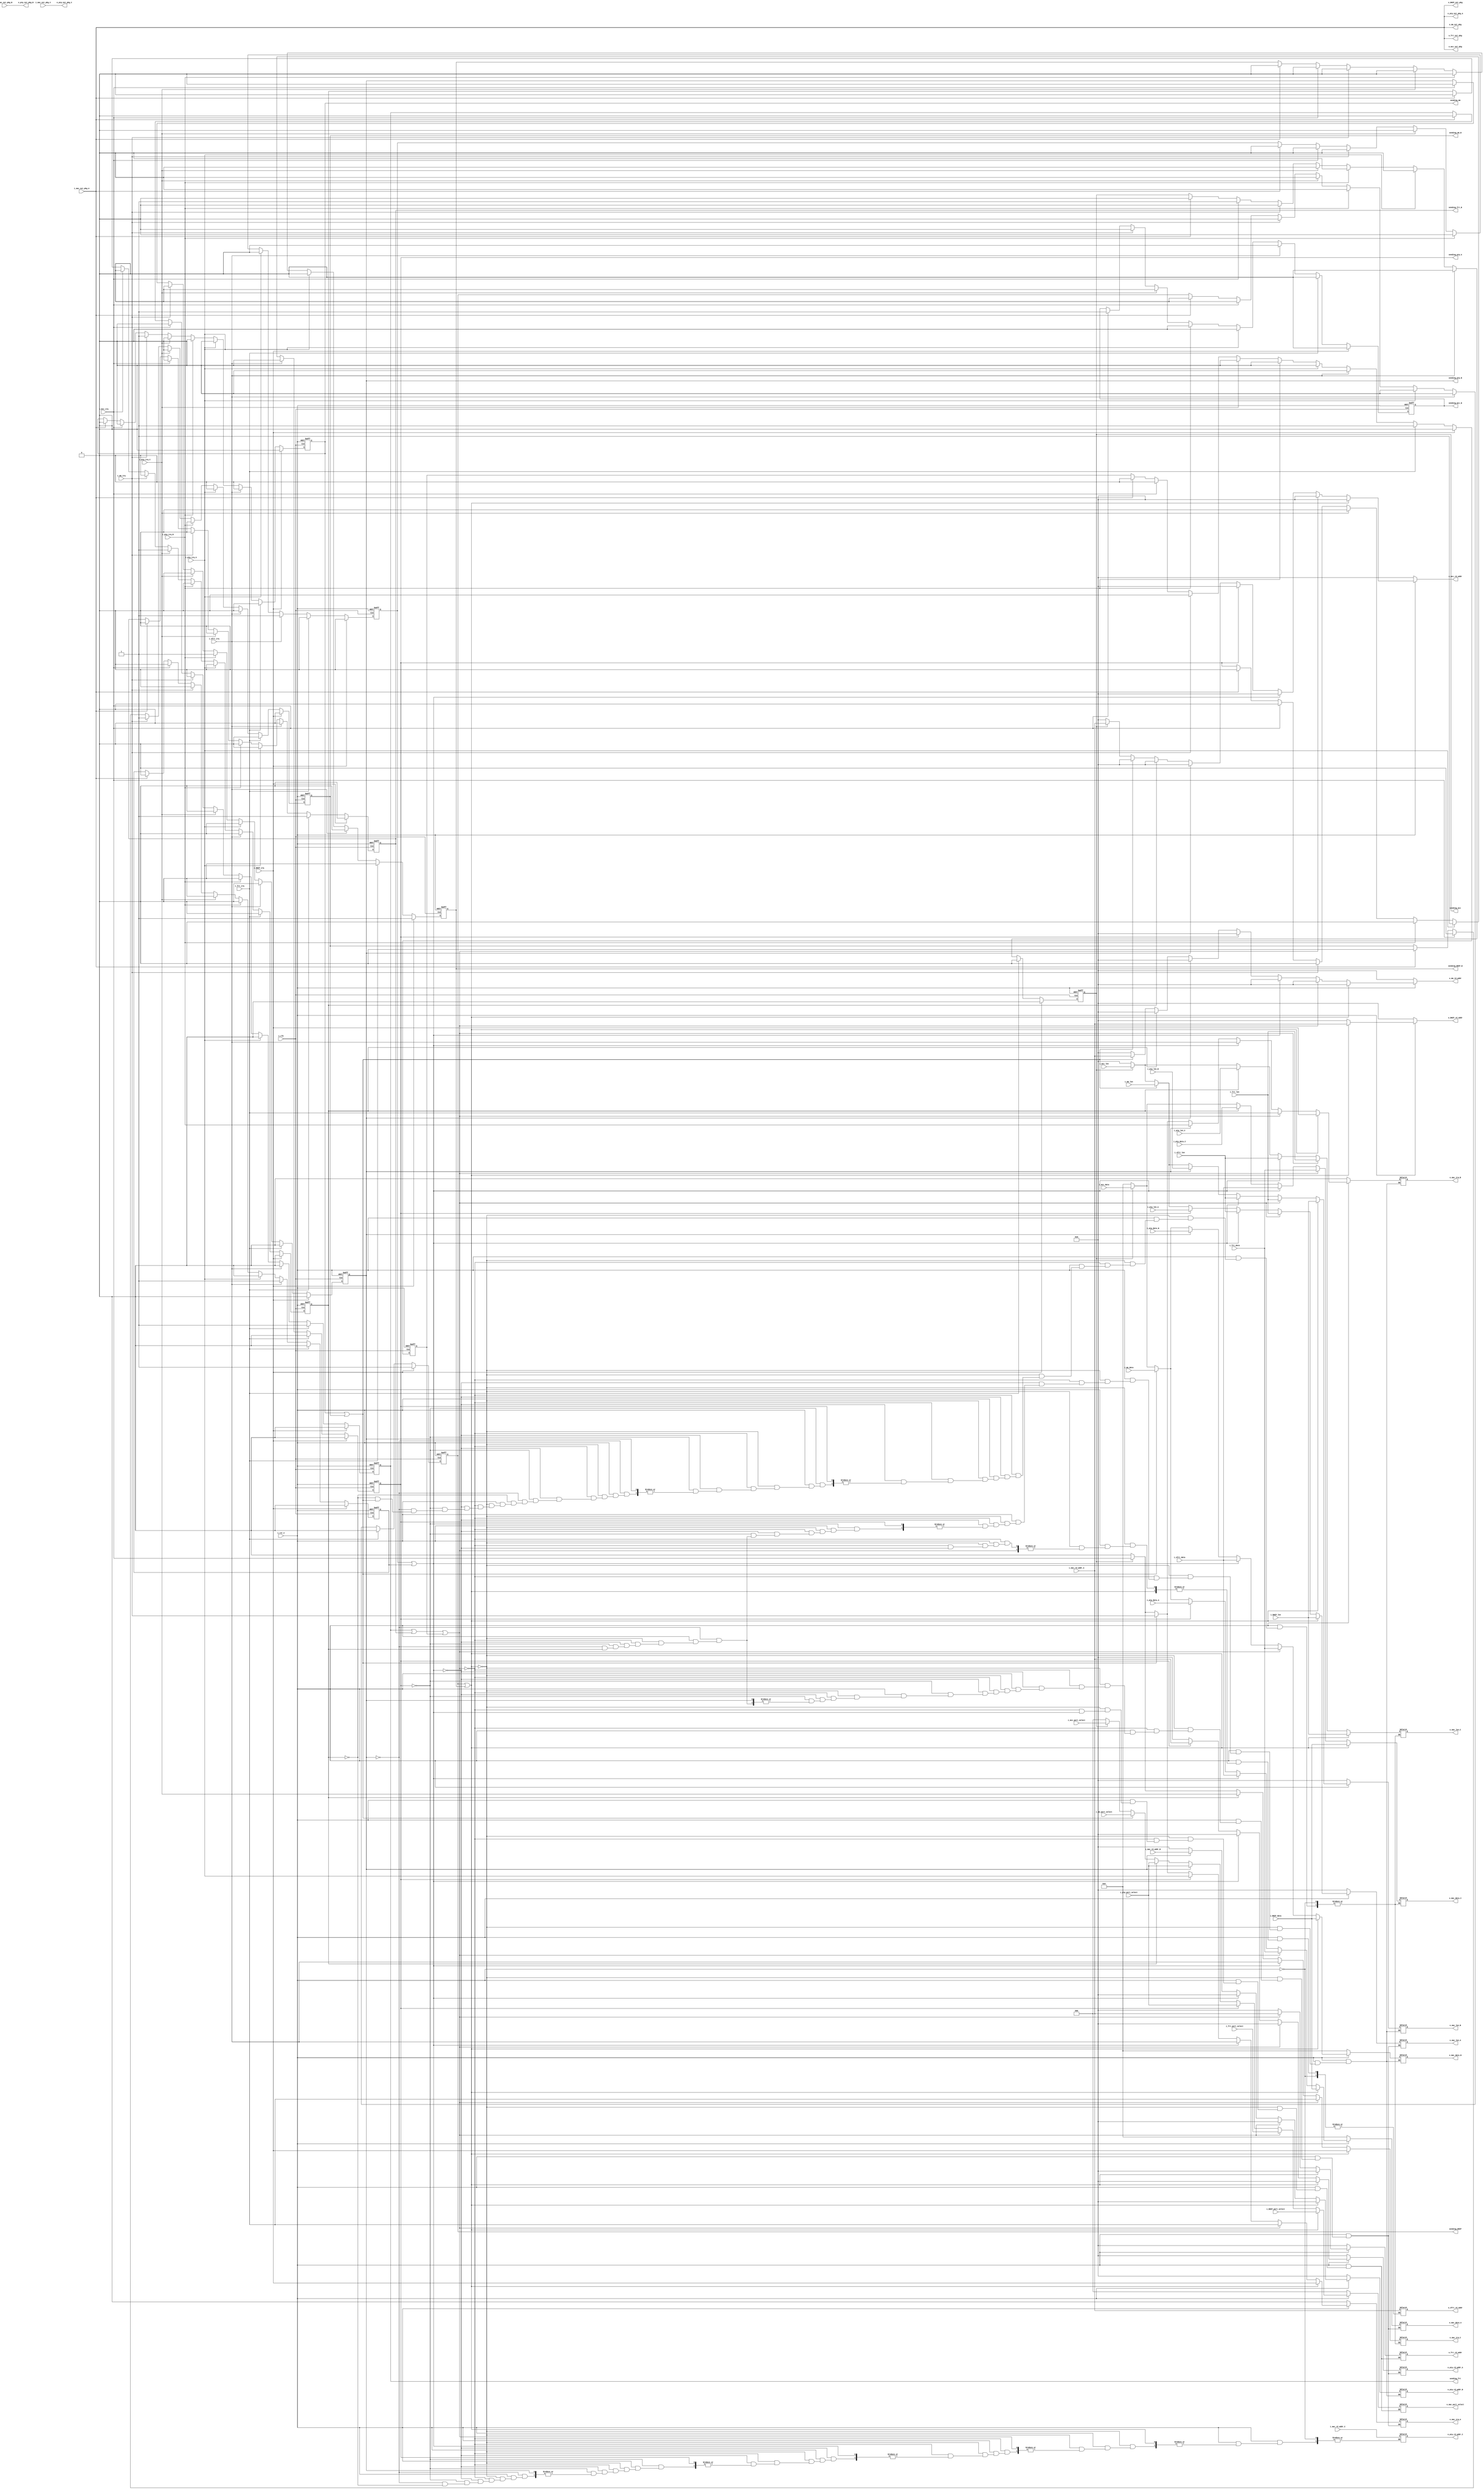

/*******************************************************************
File name   			:	bus_convert.v
Function    			:	send select;
 
Version maintenance	:	caogang
Version     			:	V1.0
data        			:	2011-02-13
*******************************************************************/

/***************************   modify record   *********************

**************************************************************************
**************************************************************************/
module  bus_convert(
			input wire i_clk,
			input wire i_rst_n,
			
			//wangkai0351 for DHCP
			input wire	i_DHCP_irq,
			input wire [9:0] i_DHCP_len,
			output wire o_DHCP_nxt_pkg,
			input wire [15:0]i_DHCP_data,
			output reg [9:0]o_DHCP_rd_addr,
			input wire [2:0]i_DHCP_port_select,
			
			//mcc
			input wire	i_mcc_irq,
			input wire [9:0] i_mcc_len,
			output wire o_mcc_nxt_pkg,
			input wire [15:0]i_mcc_data,
			output reg [9:0]o_mcc_rd_addr,
			input wire [2:0]i_mcc_port_select,
			
			//frt
			input wire	i_frt_irq,
			input wire [9:0] i_frt_len,
			output wire o_frt_nxt_pkg,
			input wire [15:0]i_frt_data,
			output reg [9:0]o_frt_rd_addr,
			input wire [2:0]i_frt_port_select,
			
			input wire	i_nfrt_irq,
			input wire [9:0] i_nfrt_len,
			input wire [15:0]i_nfrt_data,
			output reg [9:0]o_nfrt_rd_addr,
			//ptp_A
			input wire	i_ptp_irq_A,                     //Modified by SYF 2014.5.27
			input wire [9:0] i_ptp_len_A,                //Modified by SYF 2014.5.27
			output wire o_ptp_nxt_pkg_A,                 //Modified by SYF 2014.5.27
			input wire [15:0]i_ptp_data_A,               //Modified by SYF 2014.5.27
			output reg [9:0]o_ptp_rd_addr_A,             //Modified by SYF 2014.5.27
			input wire [2:0]i_ptp_port_select,
			
			//ptp_B
			input wire	i_ptp_irq_B,
			input wire [9:0] i_ptp_len_B,
			output wire o_ptp_nxt_pkg_B,
			input wire [15:0]i_ptp_data_B,
			output reg [9:0]o_ptp_rd_addr_B,
		
			//ptp_C
			input wire	i_ptp_irq_C,
			input wire [9:0] i_ptp_len_C,
			output wire o_ptp_nxt_pkg_C,
			input wire [15:0]i_ptp_data_C,
			output reg [9:0]o_ptp_rd_addr_C,

			//mm
			input wire	i_mm_irq,
			input wire [9:0] i_mm_len,
			output wire o_mm_nxt_pkg,
			input wire [15:0]i_mm_data,
			output reg [9:0]o_mm_rd_addr,
			input wire [2:0]i_mm_port_select,			
			
			
			//mac
			output reg o_mac_irq_A,                       //Modified by SYF 2014.5.27
			output reg [9:0]o_mac_len_A,                  //Modified by SYF 2014.5.27
			input wire i_mac_nxt_pkg_A,                   //Modified by SYF 2014.5.27
			output reg [15:0]o_mac_data_A,                //Modified by SYF 2014.5.27
			input wire [9:0]i_mac_rd_addr_A,              //Modified by SYF 2014.5.27
			output reg [2:0] o_mac_port_select,
			
			
			output reg o_mac_irq_B,
			output reg [9:0]o_mac_len_B,
			input wire i_mac_nxt_pkg_B,
			output reg [15:0]o_mac_data_B,
			input wire [9:0]i_mac_rd_addr_B,		
			
			output reg o_mac_irq_C,
			output reg [9:0]o_mac_len_C,
			input wire i_mac_nxt_pkg_C,
			output reg [15:0]o_mac_data_C,
			input wire [9:0]i_mac_rd_addr_C,		
			
			//sjj Nov_19th
			output reg sending_frt,
			output reg sending_mm,
			output reg sending_frt_B,
			output reg sending_mm_B,			
			output reg sending_ptp_A,             //Modified by SYF 2014.5.27
			output reg sending_ptp_B,
			output reg sending_mcc,
			output reg sending_mcc_B,              //Modified by SYF 2014.5.27
			output reg sending_DHCP,//wangkai0351 for DHCP
			output reg sending_DHCP_B//wangkai0351 for DHCP
			
			
			
					);
					
					
 
reg sending_nfrt_A;
reg sending_nfrt_B;
reg sending_nfrt_C;
	
reg sending_frt_C;
reg sending_ptp_C;
reg sending_mcc_C;
reg sending_DHCP_C;//wangkai0351 for DHCP

assign o_frt_nxt_pkg = i_mac_nxt_pkg_A;                  //Modified by SYF 2014.5.27
assign o_ptp_nxt_pkg_A = i_mac_nxt_pkg_A;                //Modified by SYF 2014.5.27
assign o_mm_nxt_pkg  = i_mac_nxt_pkg_A;                  //Modified by SYF 2014.5.27
assign o_arp_nxt_pkg  = i_mac_nxt_pkg_A;                 //Modified by SYF 2014.5.27
assign o_mcc_nxt_pkg  = i_mac_nxt_pkg_A;                 //Modified by SYF 2014.5.27
assign o_config_nxt_pkg  = i_mac_nxt_pkg_A;		         //Modified by SYF 2014.5.27
assign o_ptp_nxt_pkg_B = i_mac_nxt_pkg_B;
assign o_ptp_nxt_pkg_C = i_mac_nxt_pkg_C;
assign o_DHCP_nxt_pkg = i_mac_nxt_pkg_A;//wangkai0351 for DHCP

//cou shixu wangkai0351 for DHCP
// i_DHCP_data_backup;
//assign i_DHCP_data_backup = i_DHCP_data;
				
always @(posedge i_clk or negedge i_rst_n)
begin
	if(!i_rst_n)
	begin
		sending_mm  <= 1'b0;
		sending_mm_B  <= 1'b0;
		sending_mcc <= 1'b0;
		sending_mcc_B <= 1'b0;
		sending_ptp_A <= 1'b0;  
		sending_ptp_B <= 1'b0;
		sending_frt <= 1'b0;  
		sending_frt_B <= 1'b0;
		sending_nfrt_A <= 1'b0;
		sending_nfrt_B <= 1'b0;	
		
		sending_nfrt_C <= 1'b0;
		sending_frt_C <= 1'b0;
		sending_ptp_C <= 1'b0;	
		sending_mcc_C <= 1'b0;
		
		sending_DHCP <= 1'b0;//wangkai0351 for DHCP
		sending_DHCP_B<= 1'b0;
		sending_DHCP_C<= 1'b0;
	end
/////////////////////////////////////////////////////////////////////////////////////////////
	else if(i_DHCP_irq)
	begin
		sending_mm  <= 1'b0;
		sending_mm_B  <= 1'b0;
		sending_mcc <= 1'b0;
		sending_mcc_B <= 1'b0;
		sending_ptp_A <= 1'b0;  
		sending_ptp_B <= 1'b0;
		sending_frt <= 1'b0;  
		sending_frt_B <= 1'b0;
		sending_nfrt_A <= 1'b0;
		sending_nfrt_B <= 1'b0;	
		
		sending_nfrt_C <= 1'b0;
		sending_frt_C <= 1'b0;
		sending_ptp_C <= 1'b0;	
		sending_mcc_C <= 1'b0;
		
		sending_DHCP <= 1'b1;//wangkai0351 for DHCP

		sending_DHCP_B<= 1'b1;
		sending_DHCP_C<= 1'b1;
		
	end
///////////////////////////////////////////////////////////////////////////////////////////////
	else if(i_frt_irq)
	begin
		sending_mm  <= 1'b0;
		sending_mm_B  <= 1'b0;
		sending_mcc <= 1'b0;
		sending_mcc_B <= 1'b0;
		sending_ptp_A <= 1'b0;  
		sending_ptp_B <= 1'b0;
		sending_frt <= 1'b1;  
		sending_frt_B <= 1'b1;
		sending_nfrt_A <= 1'b0;
		sending_nfrt_B <= 1'b0;	
		
		sending_nfrt_C <= 1'b0;
		sending_frt_C <= 1'b1;
		sending_ptp_C <= 1'b0;	
		sending_mcc_C <= 1'b0;
		
		sending_DHCP <= 1'b0;//wangkai0351 for DHCP
		sending_DHCP_B<= 1'b0;
		sending_DHCP_C<= 1'b0;
		
	end
	else if(i_nfrt_irq)
	begin	
		sending_mm  <= 1'b0;
		sending_mm_B  <= 1'b0;
		sending_mcc <= 1'b0;
		sending_mcc_B <= 1'b0;
		sending_ptp_A <= 1'b0;  
		sending_ptp_B <= 1'b0;
		sending_frt <= 1'b0;  
		sending_frt_B <= 1'b0;
		sending_nfrt_A <= 1'b1;
		sending_nfrt_B <= 1'b1;	
		
		sending_nfrt_C <= 1'b1;
		sending_frt_C <= 1'b0;
		sending_ptp_C <= 1'b0;	
		sending_mcc_C <= 1'b0;
		
		sending_DHCP <= 1'b0;//wangkai0351 for DHCP
		sending_DHCP_B<= 1'b0;
		sending_DHCP_C<= 1'b0;
		
	end
	else if(i_ptp_irq_A)            //Modified by SYF 2014.5.27
	begin
		sending_mm  <= 1'b0;
		sending_mm_B  <= 1'b0;
		sending_mcc <= 1'b0;
		sending_mcc_B <= 1'b0;
		sending_ptp_A <= 1'b1;  
		sending_ptp_B <= 1'b0;
		sending_frt <= 1'b0;  
		sending_frt_B <= 1'b0;
		sending_nfrt_A <= 1'b0;
		sending_nfrt_B <= 1'b0;	
		
		sending_nfrt_C <= 1'b0;
		sending_frt_C <= 1'b0;
		sending_ptp_C <= 1'b0;	
		sending_mcc_C <= 1'b0;
		
		sending_DHCP <= 1'b0;//wangkai0351 for DHCP
		sending_DHCP_B<= 1'b0;
		sending_DHCP_C<= 1'b0;
		
	end	
	else if(i_ptp_irq_B)            //Modified by SYF 2014.5.27
	begin
		sending_mm  <= 1'b0;
		sending_mm_B  <= 1'b0;
		sending_mcc <= 1'b0;
		sending_mcc_B <= 1'b0;
		sending_ptp_A <= 1'b0;  
		sending_ptp_B <= 1'b1;
		sending_frt <= 1'b0;  
		sending_frt_B <= 1'b0;
		sending_nfrt_A <= 1'b0;
		sending_nfrt_B <= 1'b0;	
		
		sending_nfrt_C <= 1'b0;
		sending_frt_C <= 1'b0;
		sending_ptp_C <= 1'b0;	
		sending_mcc_C <= 1'b0;
		
		sending_DHCP <= 1'b0;//wangkai0351 for DHCP
		sending_DHCP_B<= 1'b0;
		sending_DHCP_C<= 1'b0;
		
	end
	else if(i_ptp_irq_C)            //Modified by SYF 2014.5.27
	begin
		sending_mm  <= 1'b0;
		sending_mm_B  <= 1'b0;
		sending_mcc <= 1'b0;
		sending_mcc_B <= 1'b0;
		sending_ptp_A <= 1'b0;  
		sending_ptp_B <= 1'b0;
		sending_frt <= 1'b0;  
		sending_frt_B <= 1'b0;
		sending_nfrt_A <= 1'b0;
		sending_nfrt_B <= 1'b0;	
		
		sending_nfrt_C <= 1'b0;
		sending_frt_C <= 1'b0;
		sending_ptp_C <= 1'b1;	
		sending_mcc_C <= 1'b0;

		sending_DHCP <= 1'b0;//wangkai0351 for DHCP
		sending_DHCP_B<= 1'b0;
		sending_DHCP_C<= 1'b0;
		
	end
	else if(i_mm_irq)
	begin
		sending_mm  <= 1'b1;
		sending_mm_B  <= 1'b1;
		sending_mcc <= 1'b0;
		sending_mcc_B <= 1'b0;
		sending_ptp_A <= 1'b0;  
		sending_ptp_B <= 1'b0;
		sending_frt <= 1'b0;  
		sending_frt_B <= 1'b0;
		sending_nfrt_A <= 1'b0;
		sending_nfrt_B <= 1'b0;	
		
		sending_nfrt_C <= 1'b0;
		sending_frt_C <= 1'b0;
		sending_ptp_C <= 1'b0;	
		sending_mcc_C <= 1'b0;
		
		sending_DHCP <= 1'b0;//wangkai0351 for DHCP
		sending_DHCP_B<= 1'b0;
		sending_DHCP_C<= 1'b0;
		
	end
	else if(i_mcc_irq)
	begin
		sending_mm  <= 1'b0;
		sending_mm_B  <= 1'b0;
		sending_mcc <= 1'b1;
		sending_mcc_B <= 1'b1;
		sending_ptp_A <= 1'b0;  
		sending_ptp_B <= 1'b0;
		sending_frt <= 1'b0;  
		sending_frt_B <= 1'b0;
		sending_nfrt_A <= 1'b0;
		sending_nfrt_B <= 1'b0;	
		
		sending_nfrt_C <= 1'b0;
		sending_frt_C <= 1'b0;
		sending_ptp_C <= 1'b0;	
		sending_mcc_C <= 1'b1;
		
		sending_DHCP <= 1'b0;//wangkai0351 for DHCP
		sending_DHCP_B<= 1'b0;
		sending_DHCP_C<= 1'b0;
		
		
	end
	
	else if(i_mac_nxt_pkg_A)              //Modified by SYF 2014.5.27
	begin
		sending_frt <= 1'b0;
		sending_ptp_A <= 1'b0;             //Modified by SYF 2014.5.27
		sending_mm  <= 1'b0;
		sending_mcc <= 1'b0;
		
		sending_frt_B <= 1'b0;
		sending_mm_B  <= 1'b0;
		sending_nfrt_A <= 1'b0;
		sending_nfrt_B <= 1'b0;
		
		sending_nfrt_C <= 1'b0;
		sending_frt_C <= 1'b0;
		sending_ptp_C <= 1'b0;	
		sending_mcc_C <= 1'b0;
		
		sending_DHCP <= 1'b0;//wangkai0351 for DHCP
		sending_DHCP_B<= 1'b0;
		sending_DHCP_C<= 1'b0;
		
	end	
end
			

			
always @(*)
begin
	if(!i_rst_n)
		begin
			o_mac_irq_A = 1'b0;             //Modified by SYF 2014.5.27
			o_mac_len_A = 10'h0;            //Modified by SYF 2014.5.27
			o_mac_data_A = 16'h0;           //Modified by SYF 2014.5.27
			
			o_mac_irq_B = 1'b0;
			o_mac_len_B = 10'h0;
			o_mac_data_B = 16'h0;			
			
			o_mac_port_select = 3'b0;
			o_frt_rd_addr = 10'h0;
			o_ptp_rd_addr_A = 10'h0;          //Modified by SYF 2014.5.27
			o_ptp_rd_addr_B = 10'h0;			
			o_mm_rd_addr = 10'h0;
			o_mcc_rd_addr = 10'h0;
			
			o_DHCP_rd_addr = 10'h0;//wangkai0351 for DHCP
			
		end
	
//////////////////////////////////////////////////////////////////////////
else if(sending_DHCP || sending_DHCP_B)
		begin
			o_mac_irq_A = i_DHCP_irq;           //
			o_mac_len_A = i_DHCP_len;           //
			o_mac_data_A = i_DHCP_data;         //
			
			o_mac_irq_B = i_DHCP_irq;           //
			o_mac_len_B = i_DHCP_len;           //
			o_mac_data_B = i_DHCP_data;			  //
		
			o_mac_irq_C = i_DHCP_irq;          
			o_mac_len_C = i_DHCP_len;           
			o_mac_data_C = i_DHCP_data;			  
			
			o_mac_port_select = i_DHCP_port_select;
			o_mcc_rd_addr = 10'h0;   //Modified by SYF 2014.5.27
			o_mm_rd_addr  = 10'h0;
			o_frt_rd_addr = 10'h0;
			o_ptp_rd_addr_A = 10'h0;           //Modified by SYF 2014.5.27
			o_ptp_rd_addr_B = 10'h0;
			o_DHCP_rd_addr = i_mac_rd_addr_A;//wangkai0351 for DHCP

		end	
//////////////////////////////////////////////////////////////////////////
	else if(sending_frt || sending_frt_B || sending_frt_C)
		begin
			o_mac_irq_A = i_frt_irq;                 //Modified by SYF 2014.5.27
			o_mac_len_A = i_frt_len;                 //Modified by SYF 2014.5.27
			o_mac_data_A = i_frt_data;               //Modified by SYF 2014.5.27
			
			o_mac_irq_B = i_frt_irq;
			o_mac_len_B = i_frt_len;
			o_mac_data_B = i_frt_data;		
			
			o_mac_irq_C = i_frt_irq;
			o_mac_len_C = i_frt_len;
			o_mac_data_C = i_frt_data;		
			
			o_mac_port_select = i_frt_port_select;
			
			o_frt_rd_addr = i_mac_rd_addr_A;              //Modified by SYF 2014.5.27
			
			o_ptp_rd_addr_A = 10'h0;                      //Modified by SYF 2014.5.27
			o_ptp_rd_addr_B = 10'h0;
			o_mm_rd_addr = 10'h0;
			o_mcc_rd_addr = 10'h0;
			o_DHCP_rd_addr = 10'h0;//wangkai0351 for DHCP

		end
		
		else if(sending_nfrt_A || sending_nfrt_B)
		begin
			o_mac_irq_A = i_nfrt_irq;                 //Modified by SYF 2014.5.27
			o_mac_len_A = i_nfrt_len;                 //Modified by SYF 2014.5.27
			o_mac_data_A = i_nfrt_data;               //Modified by SYF 2014.5.27
			
			o_mac_irq_B = i_nfrt_irq;
			o_mac_len_B = i_nfrt_len;
			o_mac_data_B = i_nfrt_data;			
			
			o_mac_irq_C = i_nfrt_irq;
			o_mac_len_C = i_nfrt_len;
			o_mac_data_C = i_nfrt_data;		
			
			o_nfrt_rd_addr = i_mac_rd_addr_A;              //Modified by SYF 2014.5.27
			
			o_ptp_rd_addr_A = 10'h0;                      //Modified by SYF 2014.5.27
			o_ptp_rd_addr_B = 10'h0;
			o_mm_rd_addr = 10'h0;
			o_mcc_rd_addr = 10'h0;
			o_DHCP_rd_addr = 10'h0;//wangkai0351 for DHCP

		end
		
	else if(sending_ptp_A)                                     //Modified by SYF 2014.5.27
		begin 
			o_mac_irq_A = i_ptp_irq_A;                           //Modified by SYF 2014.5.27
			o_mac_len_A = i_ptp_len_A;                           //Modified by SYF 2014.5.27
			o_mac_data_A = i_ptp_data_A;                         //Modified by SYF 2014.5.27
			o_mac_port_select = i_ptp_port_select;
			o_ptp_rd_addr_A = i_mac_rd_addr_A;                   //Modified by SYF 2014.5.27
			o_frt_rd_addr = 10'h0;
			o_mm_rd_addr = 10'h0;
			o_mcc_rd_addr = 10'h0;
			o_DHCP_rd_addr = 10'h0;//wangkai0351 for DHCP

		end

	else if(sending_ptp_B)
		begin
			o_mac_irq_B = i_ptp_irq_B;
			o_mac_len_B = i_ptp_len_B;
			o_mac_data_B = i_ptp_data_B;
			o_mac_port_select = i_ptp_port_select;
			o_ptp_rd_addr_B = i_mac_rd_addr_B;
			o_frt_rd_addr = 10'h0;
			o_mm_rd_addr = 10'h0;
			o_mcc_rd_addr = 10'h0;
			o_DHCP_rd_addr = 10'h0;//wangkai0351 for DHCP

		end		
		
	else if(sending_ptp_C)
		begin
			o_mac_irq_C = i_ptp_irq_C;
			o_mac_len_C = i_ptp_len_C;
			o_mac_data_C = i_ptp_data_C;
			o_mac_port_select = i_ptp_port_select;
			o_ptp_rd_addr_C = i_mac_rd_addr_C;
			o_frt_rd_addr = 10'h0;
			o_mm_rd_addr = 10'h0;
			o_mcc_rd_addr = 10'h0;
			o_DHCP_rd_addr = 10'h0;//wangkai0351 for DHCP

		end
	else if(sending_mm || sending_mm_B)
		begin
			o_mac_irq_A = i_mm_irq;                   //Modified by SYF 2014.5.27
			o_mac_len_A = i_mm_len;                   //Modified by SYF 2014.5.27
			o_mac_data_A = i_mm_data;                 //Modified by SYF 2014.5.27
		
			o_mac_irq_B = i_mm_irq;
			o_mac_len_B = i_mm_len;
			o_mac_data_B = i_mm_data;		
			
			o_mac_port_select = i_mm_port_select;
			
			o_mm_rd_addr = i_mac_rd_addr_A;          //Modified by SYF 2014.5.27
			
			o_frt_rd_addr = 10'h0;
			o_ptp_rd_addr_A = 10'h0;                 //Modified by SYF 2014.5.27
			o_ptp_rd_addr_B = 10'h0;
			o_mcc_rd_addr = 10'h0;
			o_DHCP_rd_addr = 10'h0;//wangkai0351 for DHCP

		end	
		
	else if(sending_mcc)
		begin
			o_mac_irq_A = i_mcc_irq;           //Modified by SYF 2014.5.27
			o_mac_len_A = i_mcc_len;           //Modified by SYF 2014.5.27
			o_mac_data_A = i_mcc_data;         //Modified by SYF 2014.5.27
			
			o_mac_irq_B = i_mcc_irq;           //Modified by SYF 2014.5.27
			o_mac_len_B = i_mcc_len;           //Modified by SYF 2014.5.27
			o_mac_data_B = i_mcc_data;			  //Modified by SYF 2014.5.27
			
			o_mac_irq_C = i_mcc_irq;           //Modified by SYF 2014.5.27
			o_mac_len_C = i_mcc_len;           //Modified by SYF 2014.5.27
			o_mac_data_C = i_mcc_data;			  //Modified by SYF 2014.5.27
			
			o_mac_port_select = i_mcc_port_select;
			o_mcc_rd_addr = i_mac_rd_addr_A;   //Modified by SYF 2014.5.27
			o_mm_rd_addr  = 10'h0;
			o_frt_rd_addr = 10'h0;
			o_ptp_rd_addr_A = 10'h0;           //Modified by SYF 2014.5.27
			o_ptp_rd_addr_B = 10'h0;
			o_DHCP_rd_addr = 10'h0;//wangkai0351 for DHCP

		end	
		
	else 
		begin
		   
			o_mac_irq_A = 1'b0;                   //Modified by SYF 2014.5.27
			o_mac_len_A = 10'h0;                  //Modified by SYF 2014.5.27
			o_mac_data_A = 16'h0;                 //Modified by SYF 2014.5.27
			
			o_mac_irq_B = 1'b0;
			o_mac_len_B = 10'h0;
			o_mac_data_B = 16'h0;
			
			o_mac_irq_C = 1'b0;
			o_mac_len_C = 10'h0;
			o_mac_data_C = 16'h0;
			
			o_mac_port_select = 3'b0;
			o_frt_rd_addr = 10'h0;
			
			o_ptp_rd_addr_A = 10'h0;              //Modified by SYF 2014.5.27
			o_ptp_rd_addr_B = 10'h0;			
			
			o_mm_rd_addr = 10'h0;
			o_mcc_rd_addr = 10'h0;
			
			o_DHCP_rd_addr = 10'h0;
		end
		
end

endmodule